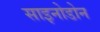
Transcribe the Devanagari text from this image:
साइनोडोन